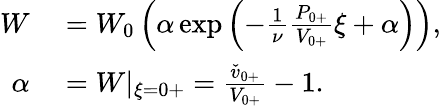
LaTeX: \begin{array}{rl}{W}&{{}=W_{0}\left(\alpha\exp\left(-\frac{1}{\nu}\frac{{P}_{0+}}{{V}_{0+}}\xi+\alpha\right)\right),}\\ {\alpha}&{{}=W|_{\xi=0+}=\frac{\check{v}_{0+}}{{V}_{0+}}-1.}\end{array}